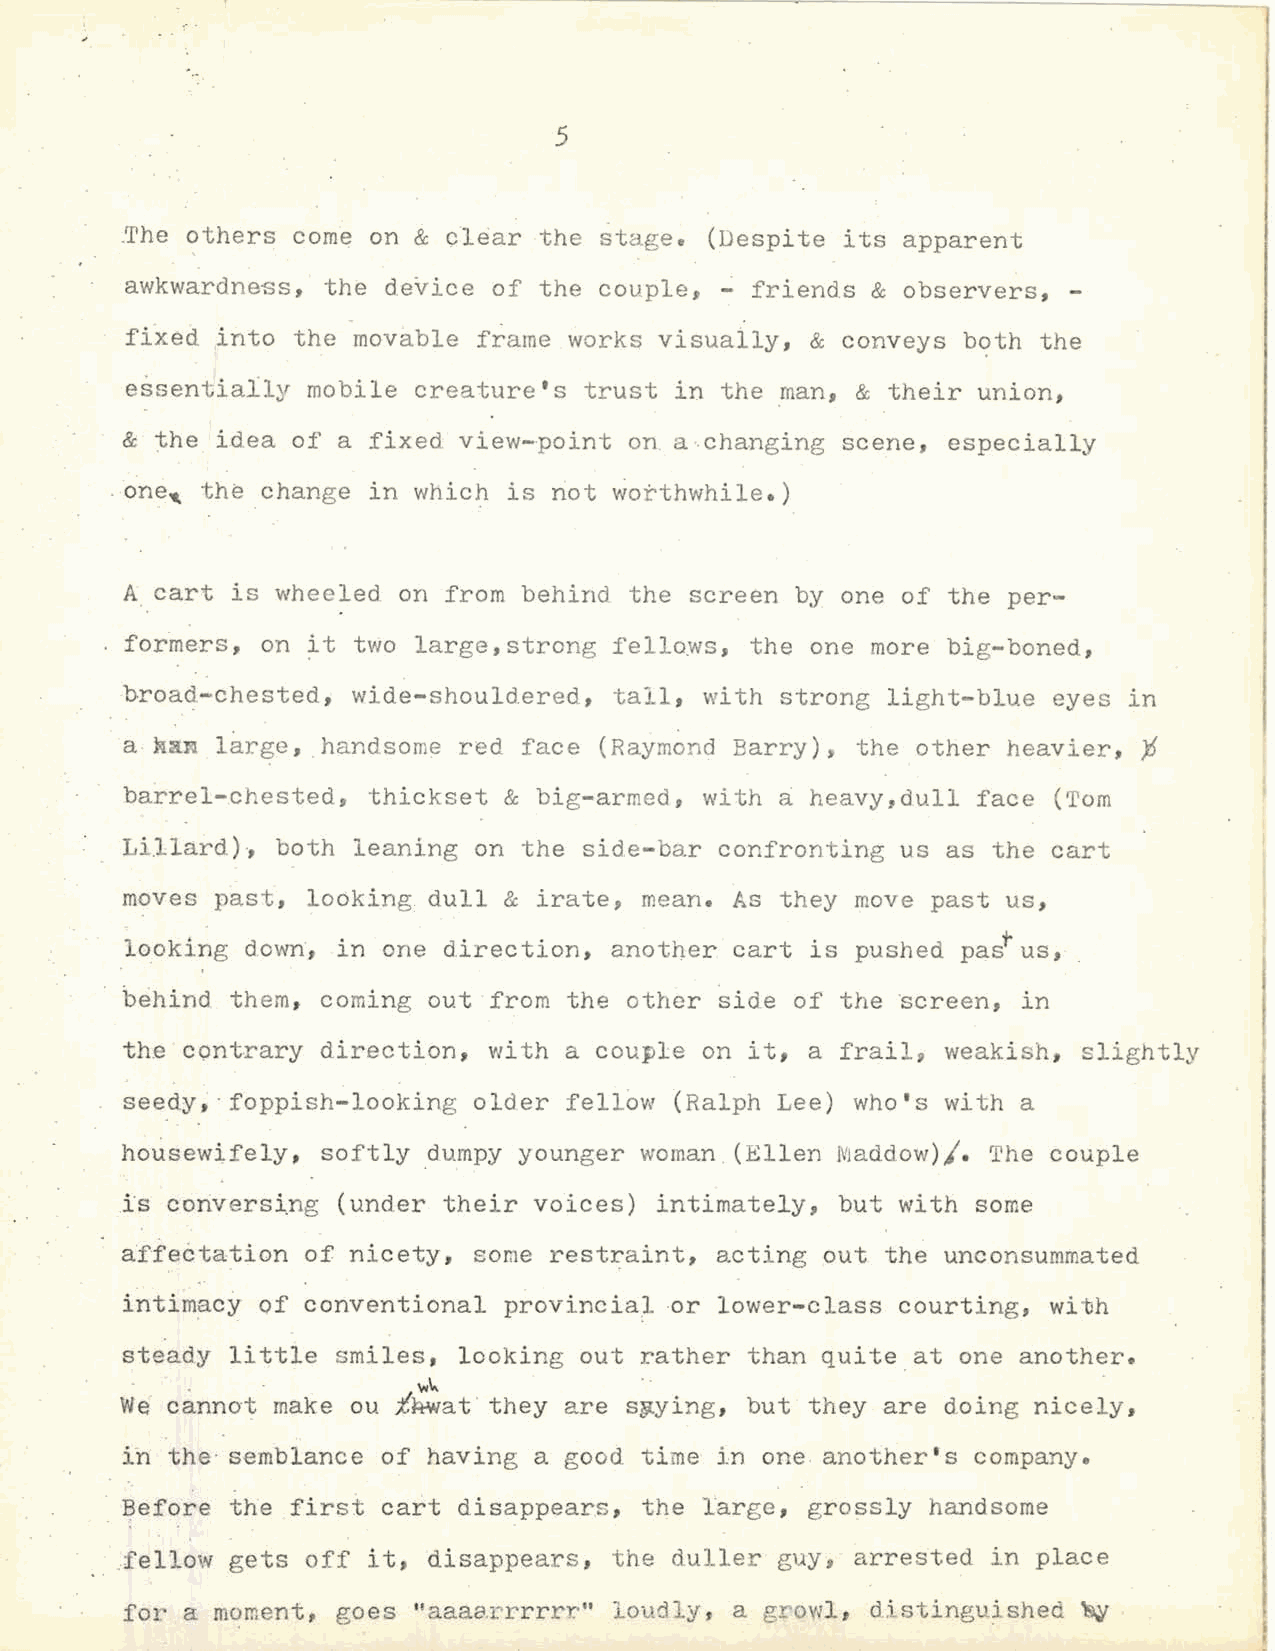
5
 ~he others com~  on & clear the stage. (Despite its apparent
 awkwardness, · the device of the couple, - friends & observers,
 fixed into the -movable frame works visually, & conveys b~th the
 e~sentially mobile creature's  trust in the man, & their union,
 & the idea of a fixed view-point  on. a changing scene, especially
 . one, the change in which is riot worthwhile.)
 A cart is wheeled on from  behind the screen by one of the per
 for~ers, on it two large,strong  fellows, the one more big-boned,
 broad-chested, wide-shouldered,  tall, with strong light-blue eyes in
 · a }UlN large, . handsome red face (Raym~nd Barry), the other heavier, j;
 barrel-chested, thickset &  big-armed, with a: heavy,dull face (Tom
 Lillard)) both leaning on  the side-bar confronting us as the cart
 moves past, looking dull &  irate, mean. As they move past us,
 looking down, in one direction, another  cart is pushed paJus,
 b~hind them, coming out from  the other side of the screen, in
 the contrary direction, with a couple  on it, a frailg weakish, slightly
 seedy, ·foppish-looking older fell6w (Ralph Lee) who's with a
 housewifely, softly dumpy younger woman(Ellen  IVJaddow)/. The couple
 is conversi.ng (under their voices) intimately, but with some
 affectation of nicety, sor.1e restraint, acting out the unconsummated
 intimacy of conventional provincial ·Or lower-class courting, with
 steady little smiles, looking out rather  than quite at one another.
 "'"'
 We .c a. nnot . make ou iA-wat they are s~ying, but they are doing nicely,
 ih the· semblance of having a good time in one anotherrs company.
 Before the first cart disappears,  the large, grossly handsome
 .fellow gets off itt disappears, the duller guy, arrested in place
 for a moment, goes "aaaa.rrrrrr." lol.ldly, a growl, distinguished
 ~